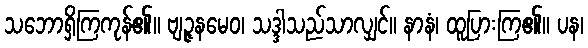
သဘောရှိကြကုန်၏။ ဗျဉ္ဇနမေဝ၊ သဒ္ဒါသည်သာလျှင်။ နာနံ၊ ထူပြားကြ၏။ ပန၊